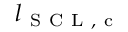
l _ { \mathrm { ~ S ~ C ~ L ~ , ~ c ~ } }